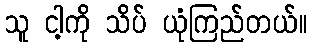
သူ ငါ့ကို သိပ် ယုံကြည်တယ်။